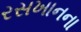
રસખાનના